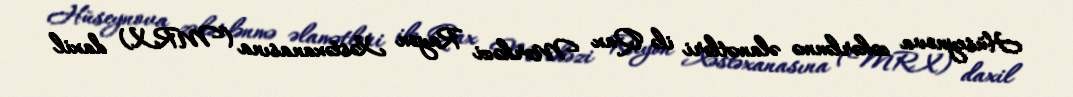
Hüseynova zəhərlənmə əlamətləri ilə Qax Mərkəzi Rayon Xəstəxanasına (MRX) daxil